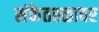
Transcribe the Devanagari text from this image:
संकेतस्ळावर